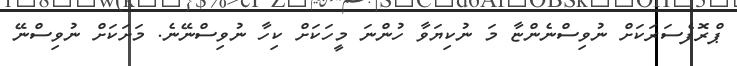
ޕްރޮފެސަރަކަށް ނުވިސްނެންޏާ މަ ނުކިޔަވާ ހުންނަ މީހަކަށް ކިހާ ނުވިސްނޭނެ. މަށަކަށް ނުވިސްނޭ